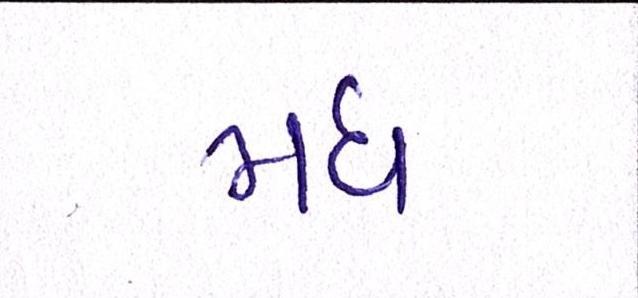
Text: મધ